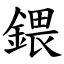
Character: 鍡